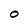
Character: O